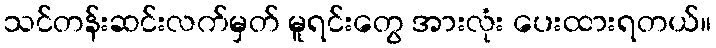
သင်တန်းဆင်းလက်မှတ် မူရင်းတွေ အားလုံး ပေးထားရတယ်။